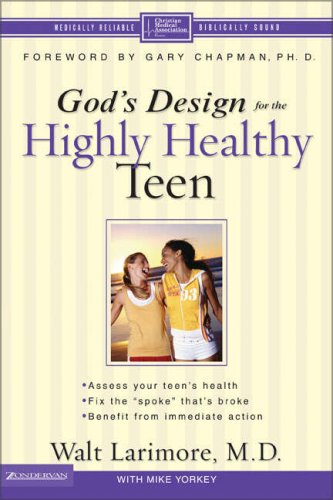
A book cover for God's Design for the Highly Healthy Teen (Highly Healthy Series); Walt Larimore  MD; Health, Fitness & Dieting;